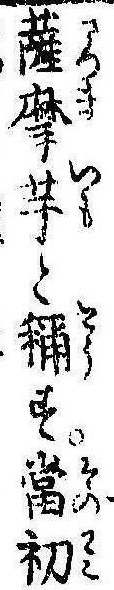
薩摩芋と称す当初